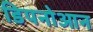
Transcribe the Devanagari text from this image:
डिपनोआन